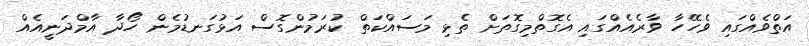
އަތްވެއްގައި ވެހޭހާ ވާރެއެއްގައި އެގޮތްމިގޮތަށް ތެޅި މަސައްކަތް ކުރަމުންގޮސް އަޅުގަނޑުމެން ހޯދާ އާމްދަނީއެއް